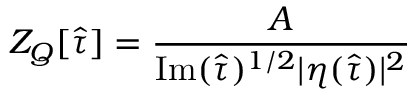
Z _ { Q } [ \hat { \tau } ] = \frac { A } { \mathrm { I m } ( \hat { \tau } ) ^ { 1 / 2 } | \eta ( \hat { \tau } ) | ^ { 2 } }